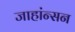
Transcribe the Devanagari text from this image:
जाहांन्सन